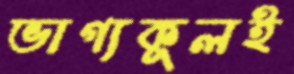
ভাগ্যকূলই